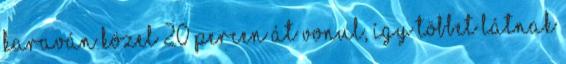
karaván közel 20 percen át vonul, így többet látnak